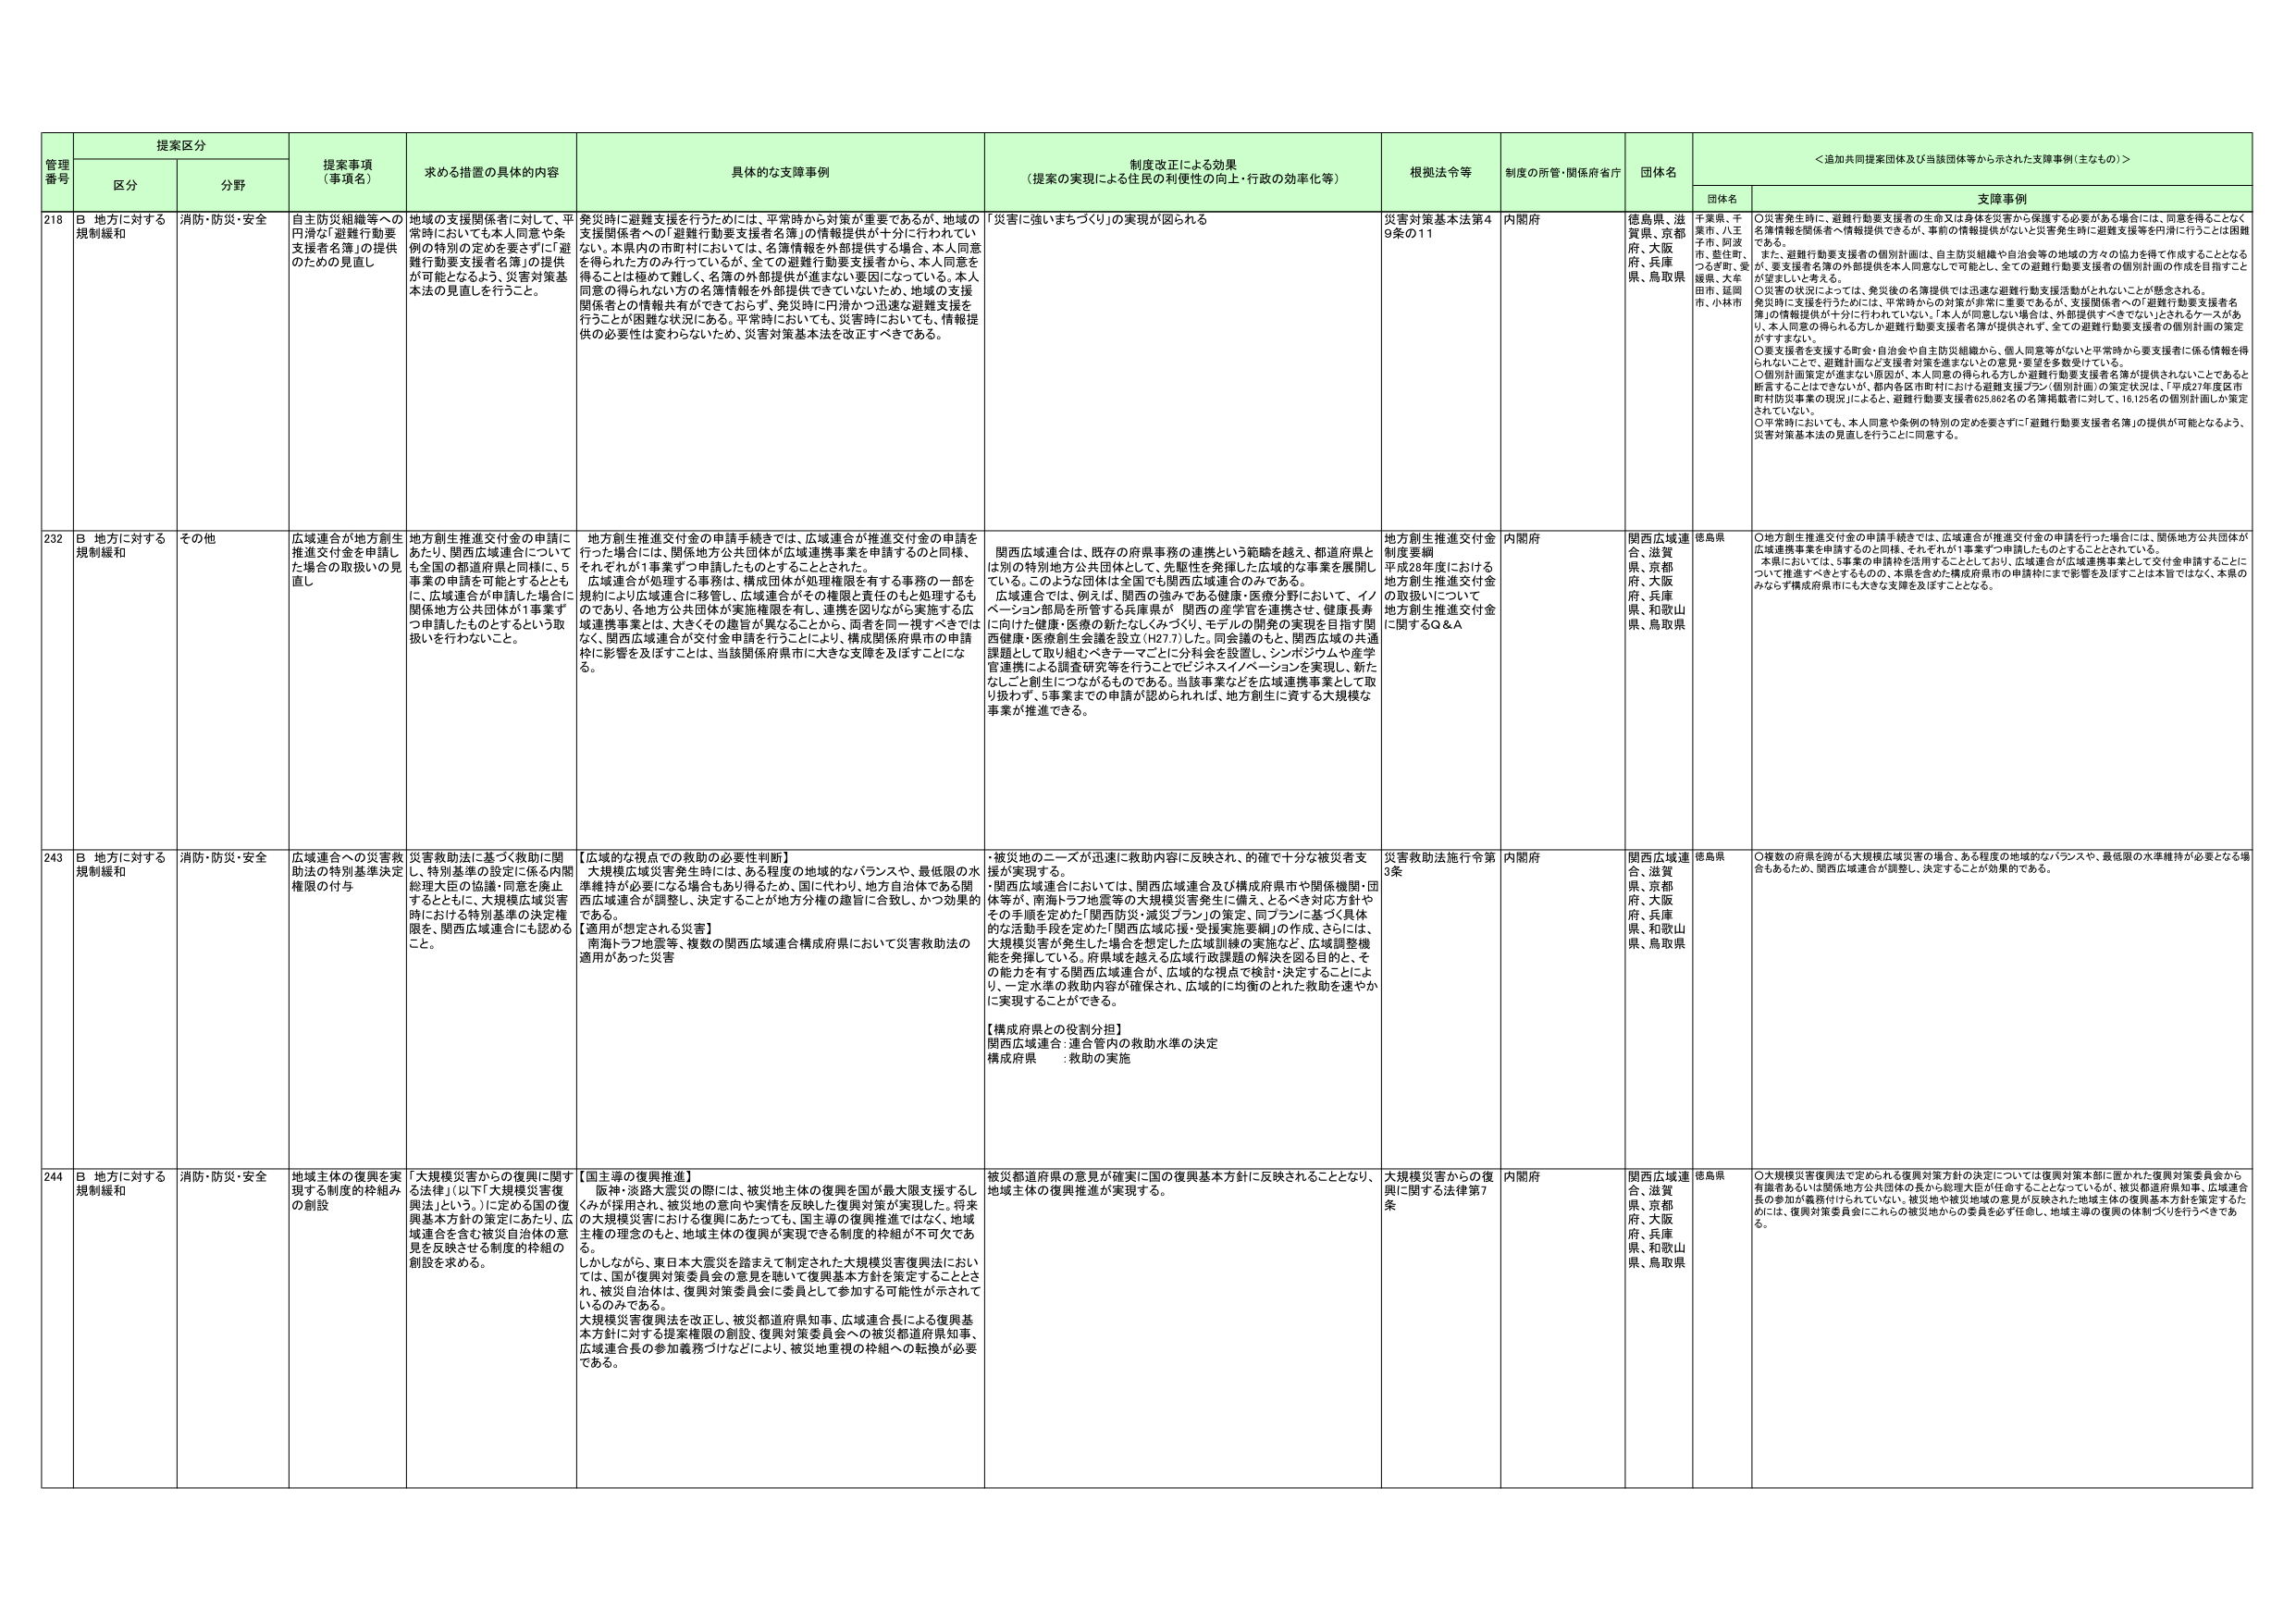
管理番号 提案区分 提案事項（事項名） 求める措置の具体的内容 具体的な支援事例 制度改正による効果（提案の実現による住民の利便性の向上・行政の効率化等） 根拠法令等 制度の所管・関係府省庁 団体名 ＜追加共同提案団体及び当該団体等から示された支援事例（主なもの）＞
区分 分野 団体名 支援事例
218 B 地方に対する規制緩和 消防・防災・安全 自主防災組織等への円滑な「避難行動要支援者名簿」の提供のための見直し 地域の支援関係者に対して、平常時においても本人同意や条例の特別の定めを要さずに「避難行動要支援者名簿」の提供が可能となるよう、災害対策基本法の見直しを行うこと。 発災時に避難支援を行うためには、平常時から対策が重要であるが、地域の支援関係者への「避難行動要支援者名簿」の情報提供が十分に行われていない。本県内の市町村においては、名簿情報は外部提供する場合、本人同意を得られた方のみ行っているが、全ての避難行動要支援者から、本人同意を得ることは極めて難しく、名簿の外部提供が進まない要因となっている。本人同意の得られない方の名簿情報も外部提供できていないため、地域の支援関係者との情報共有ができておらず、発災時に円滑かつ迅速な避難支援を行うことが困難な状況にある。平常時においても、災害時においても、情報提供の必要性は変わらないため、災害対策基本法を改正すべきである。 「災害に強いまちづくり」の実現が図られる 災害対策基本法第49条の11 内閣府 徳島県、滋賀県、京都府、大阪府、兵庫県、鳥取県 千葉県、千葉市、八王子市、同志町、つるぎ町、愛媛県、大牟田市、延岡市、小林市 ○災害発生時に、避難行動要支援者の生命又は身体を害から保護する必要がある場合には、同意を得ることなく名簿情報を関係者へ情報提供できるが、事前の情報提供がないと災害発生時に避難支援等を円滑に行うことは困難である。また、避難行動要支援者の個別計画は、自主防災組織や自治会等の地域の方々の協力を得て作成することとなるが、要支援者名簿の外部提供を本人同意なしで可能とし、全ての避難行動要支援者の個別計画の作成を目指すことが望ましいと考える。○災害の状況によっては、発災後の名簿提供では迅速な避難行動支援活動がとれないことが懸念される。発災時に支援を行うためには、平常時からの対策が非常に重要であるが、支援関係者への「避難行動要支援者名簿」の情報提供が十分に行われていない。「本人が同意しない場合は、外部提供ができない」とされるケースがあり、本人同意の得られる方しか避難行動要支援者名簿が提供されず、全ての避難行動要支援者の個別計画の策定がすすまない。○要支援者を支援する町会・自治会や自主防災組織から、個人同意等がないと平常時から要支援者に係る情報を得られないことで、避難計画など支援者対策を進めないとの意見・要望を多数受けている。○個別計画策定が進まない原因が、本人同意の得られない方しか避難行動要支援者名簿が提供されないことであると断言することはできないが、都内各区市町村における避難支援プラン（個別計画）の策定状況は、「平成27年度区市町村防災事業の現況」によると、避難行動要支援者825,862名の名簿掲載者に対して、16,125名の個別計画しか策定されていない。○平常時においても、本人同意や条例の特別の定めを要さずに「避難行動要支援者名簿」の提供が可能となるよう、災害対策基本法の見直しを行うことに同意する。
232 B 地方に対する規制緩和 その他 広域連合が地方創生推進交付金を申請した場合の取扱いの見直し 地方創生推進交付金の申請にあたり、関西広域連合についても全国の都道府県と同様に、5事業の申請を可能とするとともに、広域連合が申請した場合に関係地方公共団体が1事業ずつ申請したものとするという取扱いを行わないこと。 地方創生推進交付金の申請手続きでは、広域連合が推進交付金の申請を行った場合には、関係地方公共団体が広域連携事業を申請するのと同様、それぞれが1事業ずつ申請したものとされる。広域連合が処理する事務は、構成団体が処理権限を有する事務の一部を規約により広域連合に移管し、広域連合がその権限と責任のもと処理するものであり、各地方公共団体が実施権限を有し、連携を図りながら実施する広域連携事業とは、大きくその趣旨が異なることから、両者を同一視すべきではない。関西広域連合が交付金申請を行うことにより、構成関係府県市の申請枠に影響を及ぼすことは、当該関係府県市に大きな支障を及ぼすことになる。 関西広域連合は、既存の府県事務の連携という範疇を越え、都道府県とは別の特別地方公共団体として、先駆性を発揮した広域的な事業を展開している。このような団体は全国でも関西広域連合のみである。広域連合では、例えば、関西の強みである健康・医療分野において、イノベーション部局を所管する兵庫県が 関西の産学官を連携させ、健康長寿に向けた健康・医療の新たなしくみづくり、モデルの開発の実現を目指す関西健康・医療創生会議を設立（H27.7）した。同会議のもと、関西広域の共通課題として取り組むべきテーマごとに分科会を設置し、シンポジウムや産学官連携による調査研究等を行うことでビジネスイノベーションを実現し、新たなしこと創生につながるものである。当該事業などを広域連携事業として取り扱わず、5事業までの申請が認められれば、地方創生に資する大規模な事業が推進できる。 地方創生推進交付金制度要綱 平成28年度における地方創生推進交付金の取扱いについて 地方創生推進交付金に関するQ＆A 内閣府 関西広域連合、滋賀県、京都府、大阪府、兵庫県、和歌山県、鳥取県 徳島県 ○地方創生推進交付金の申請手続きでは、広域連合が推進交付金の申請を行った場合には、関係地方公共団体が広域連携事業を申請するのと同様、それぞれが1事業ずつ申請したものとされている。本県においては、5事業の申請を活用することとしており、広域連合が広域連携事業として交付金申請することについて推進すべきとするものの、本県を含めた構成府県市の申請枠にまで影響を及ぼすことは本旨ではなく、本県のみならず構成府県市にも大きな支障を及ぼすこととなる。
243 B 地方に対する規制緩和 消防・防災・安全 広域連合への災害救助法の特別基準決定権限の付与 災害救助法に基づく救助に関し、特別基準の設定に係る内閣総理大臣の協議・同意を廃止するとともに、大規模広域災害時における特別基準の決定権限を、関西広域連合にも認めるこ と。 【広域的な視点での救助の必要性判断】 大規模広域災害発生時には、ある程度の地域的なバランスや、最低限の水準維持が必要になる場合もあり得るため、国に代わり、地方自治体である関西広域連合が調整し、決定することが地方分権の趣旨に合致し、かつ効果的である。 【適用が想定される災害】 南海トラフ地震等、複数の関西広域連合構成府県において災害救助法の適用があった災害 ・被災地のニーズが迅速に救助内容に反映され、的確で十分な被災者支援が実現する。 ・関西広域連合においては、関西広域連合及び構成府県市や関係機関・団体等が、南海トラフ地震等の大規模災害発生に備え、とるべき対応方針やその手順を定めた「関西防災・減災プラン」の策定、同プランに基づく具体的な活動手段を定めた「関西広域応援・受援実施要綱」の作成、さらには、大規模災害が発生した場合を想定した広域訓練の実施など、広域調整機能を発揮している。府県域を越える広域行政課題の解決を図る目的と、その能力を有する関西広域連合が、広域的な視点で検討・決定することにより、一定水準の救助内容が確保され、広域的に均衡のとれた救助を速やかに実現することができる。 【構成府県との役割分担】 関西広域連合：連合管内の救助水準の決定 構成府県 ：救助の実施 災害救助法施行令第3条 内閣府 関西広域連合、滋賀県、京都府、大阪府、兵庫県、和歌山県、鳥取県 徳島県 ○複数の府県を跨がる大規模広域災害の場合、ある程度の地域的なバランスや、最低限の水準維持が必要となる場合もあるため、関西広域連合が調整し、決定することが効果的である。
244 B 地方に対する規制緩和 消防・防災・安全 地域主体の復興を実現する制度的枠組みの創設 「大規模災害からの復興に関する法律」（以下「大規模災害復興法」という。）に定める国の復興基本方針の策定にあたり、広域連合を含む被災自治体の意見を反映させる制度的枠組の創設を求める。 【国主導の復興推進】 阪神・淡路大震災の際には、被災地主体の復興を国が最大限支援するしくみが採用され、被災地の意向や実情を反映した復興対策が実現した。将来の大規模災害における復興にあたっても、国主導の復興推進ではなく、地域主権の理念のもと、地域主体の復興が実現できる制度的枠組が不可欠である。 しかしながら、東日本大震災を踏まえて制定された大規模災害復興法においては、国が復興対策委員会の意見を聴いて復興基本方針を策定することとされ、被災自治体は、復興対策委員会に委員として参加する可能性が示されているのみである。 大規模災害復興法を改正し、被災都道府県知事、広域連合長による復興基本方針に対する提案権限の創設、復興対策委員会への被災都道府県知事、広域連合長の参加義務づけなどにより、被災地重視の枠組への転換が必要である。 被災都道府県の意見が確実に国の復興基本方針に反映されることとなり、地域主体の復興推進が実現する。 大規模災害からの復興に関する法律第7条 内閣府 関西広域連合、滋賀県、京都府、大阪府、兵庫県、和歌山県、鳥取県 徳島県 ○大規模災害復興法で定められる復興対策方針の決定については復興対策本部に置かれた復興対策委員会から有識者あるいは関係地方公共団体の長から総理大臣が任命することとなっているが、被災都道府県知事、広域連合長の参加が義務付けられていない。被災地や被災地域の意見が反映された地域主体の復興基本方針を策定するためには、復興対策委員会にこれらの被災地からの委員を必ず任命し、地域主導の復興の体制づくりを行ってきである。